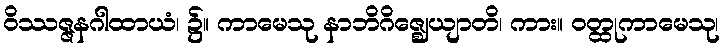
ဝိဿဇ္ဇနဂါထာယံ၊ ၌။ ကာမေသု နာဘိဂိဇ္ဈေယျာတိ၊ ကား။ ဝတ္ထုကာမေသု၊